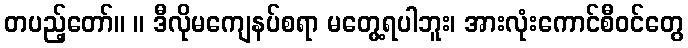
တပည့်တော်။ ။ ဒီလိုမကျေနပ်စရာ မတွေ့ရပါဘူး၊ အားလုံးကောင်စီဝင်တွေ